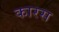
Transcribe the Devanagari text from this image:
कारस